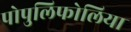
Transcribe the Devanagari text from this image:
पोपुलिफोलिया